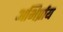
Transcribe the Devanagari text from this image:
अभिर्प्राय